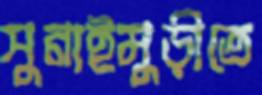
সুনাইমুড়ীতে